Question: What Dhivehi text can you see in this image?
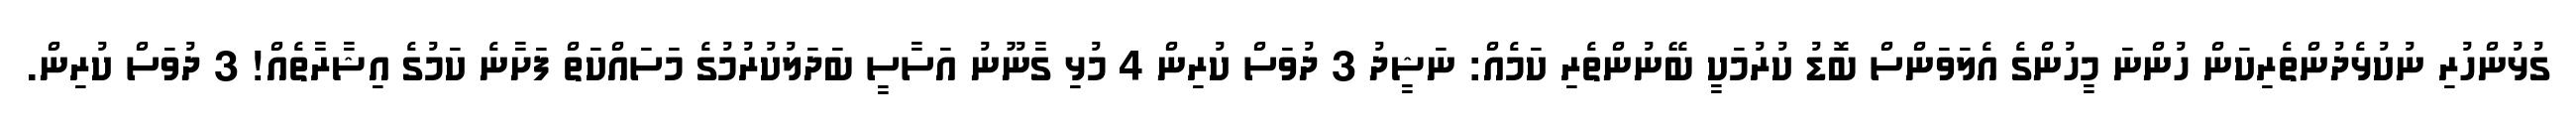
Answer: ގުޅުންހުރި ނުކުޅެދުންތެރިކަން ހުންނަ މީހުންގެ އެލަވަންސް ބޮޑު ކުރުމަކީ ބޭނުންތެރި ކަމެއް: ނަޝީދު 3 ދުވަސް ކުރިން 4 މުޅި ގާނޫނު އަސާސީ ބަދަލުކުރުމުގެ މަސައްކަތް ފަށާނެ ކަމުގެ އިޝާރާތެއް! 3 ދުވަސް ކުރިން.